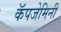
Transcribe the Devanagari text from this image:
कॅपजेमिनी